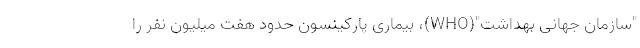
"سازمان جهانی بهداشت"(WHO)، بیماری پارکینسون حدود هفت میلیون نفر را